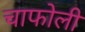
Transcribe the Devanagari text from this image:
चाफोली